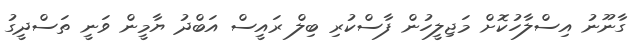
ގާނޫނު އިސްލާހުކޮށް މަޖިލީހުން ފާސްކުރި ބިލް ރައީސް އަބްދު ޔާމީން ވަނީ ތަސްދީގު